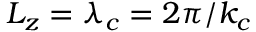
{ L _ { z } = \lambda _ { c } = 2 \pi / k _ { c } }